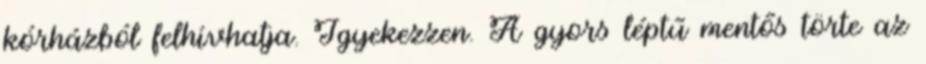
kórházból felhívhatja. Igyekezzen. A gyors léptű mentős törte az